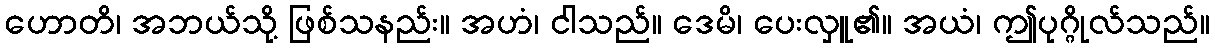
ဟောတိ၊ အဘယ်သို့ ဖြစ်သနည်း။ အဟံ၊ ငါသည်။ ဒေမိ၊ ပေးလှူ၏။ အယံ၊ ဤပုဂ္ဂိုလ်သည်။